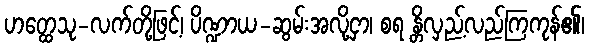
ဟတ္ထေသု-လက်တို့ဖြင့်၊ ပိဏ္ဍာယ-ဆွမ်းအလို့ငှာ၊ စရ န္တိလှည့်လည်ကြကုန်၏၊